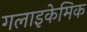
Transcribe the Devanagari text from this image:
गलाइकेमिक